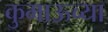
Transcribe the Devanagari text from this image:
कुमाऊच्या